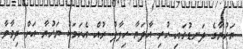
ޔަހުޔާގެ ދަނޑުގައި ހުރި އާދަޔާ ހިލާފު ރުއް އެކަމަކު ޔަހުޔާ އަށް ދިމާވާ